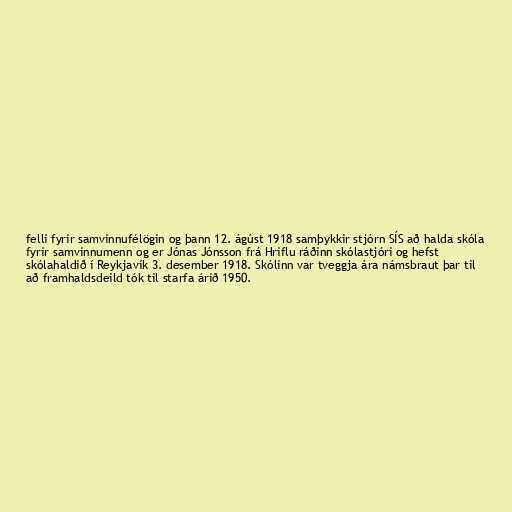
felli fyrir samvinnufélögin og þann 12. ágúst 1918 samþykkir stjórn SÍS að halda skóla
fyrir samvinnumenn og er Jónas Jónsson frá Hriflu ráðinn skólastjóri og hefst
skólahaldið í Reykjavík 3. desember 1918. Skólinn var tveggja ára námsbraut þar til
að framhaldsdeild tók til starfa árið 1950.